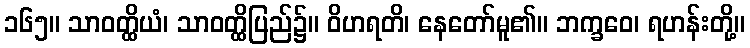
၁၆၅။ သာဝတ္ထိယံ၊ သာဝတ္ထိပြည်၌။ ဝိဟရတိ၊ နေတော်မူ၏။ ဘက္ခဝေ၊ ရဟန်းတို့။